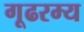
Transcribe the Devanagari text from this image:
गूढरम्य